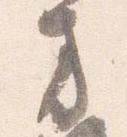
方